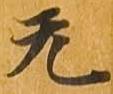
无